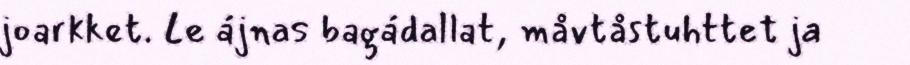
joarkket. Le ájnas bagádallat, måvtåstuhttet ja